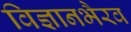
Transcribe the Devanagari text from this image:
विज्ञानभैरव